65_HS1-834228961_62-HQ-83894_Section_7
Agency: FBI
Page 104
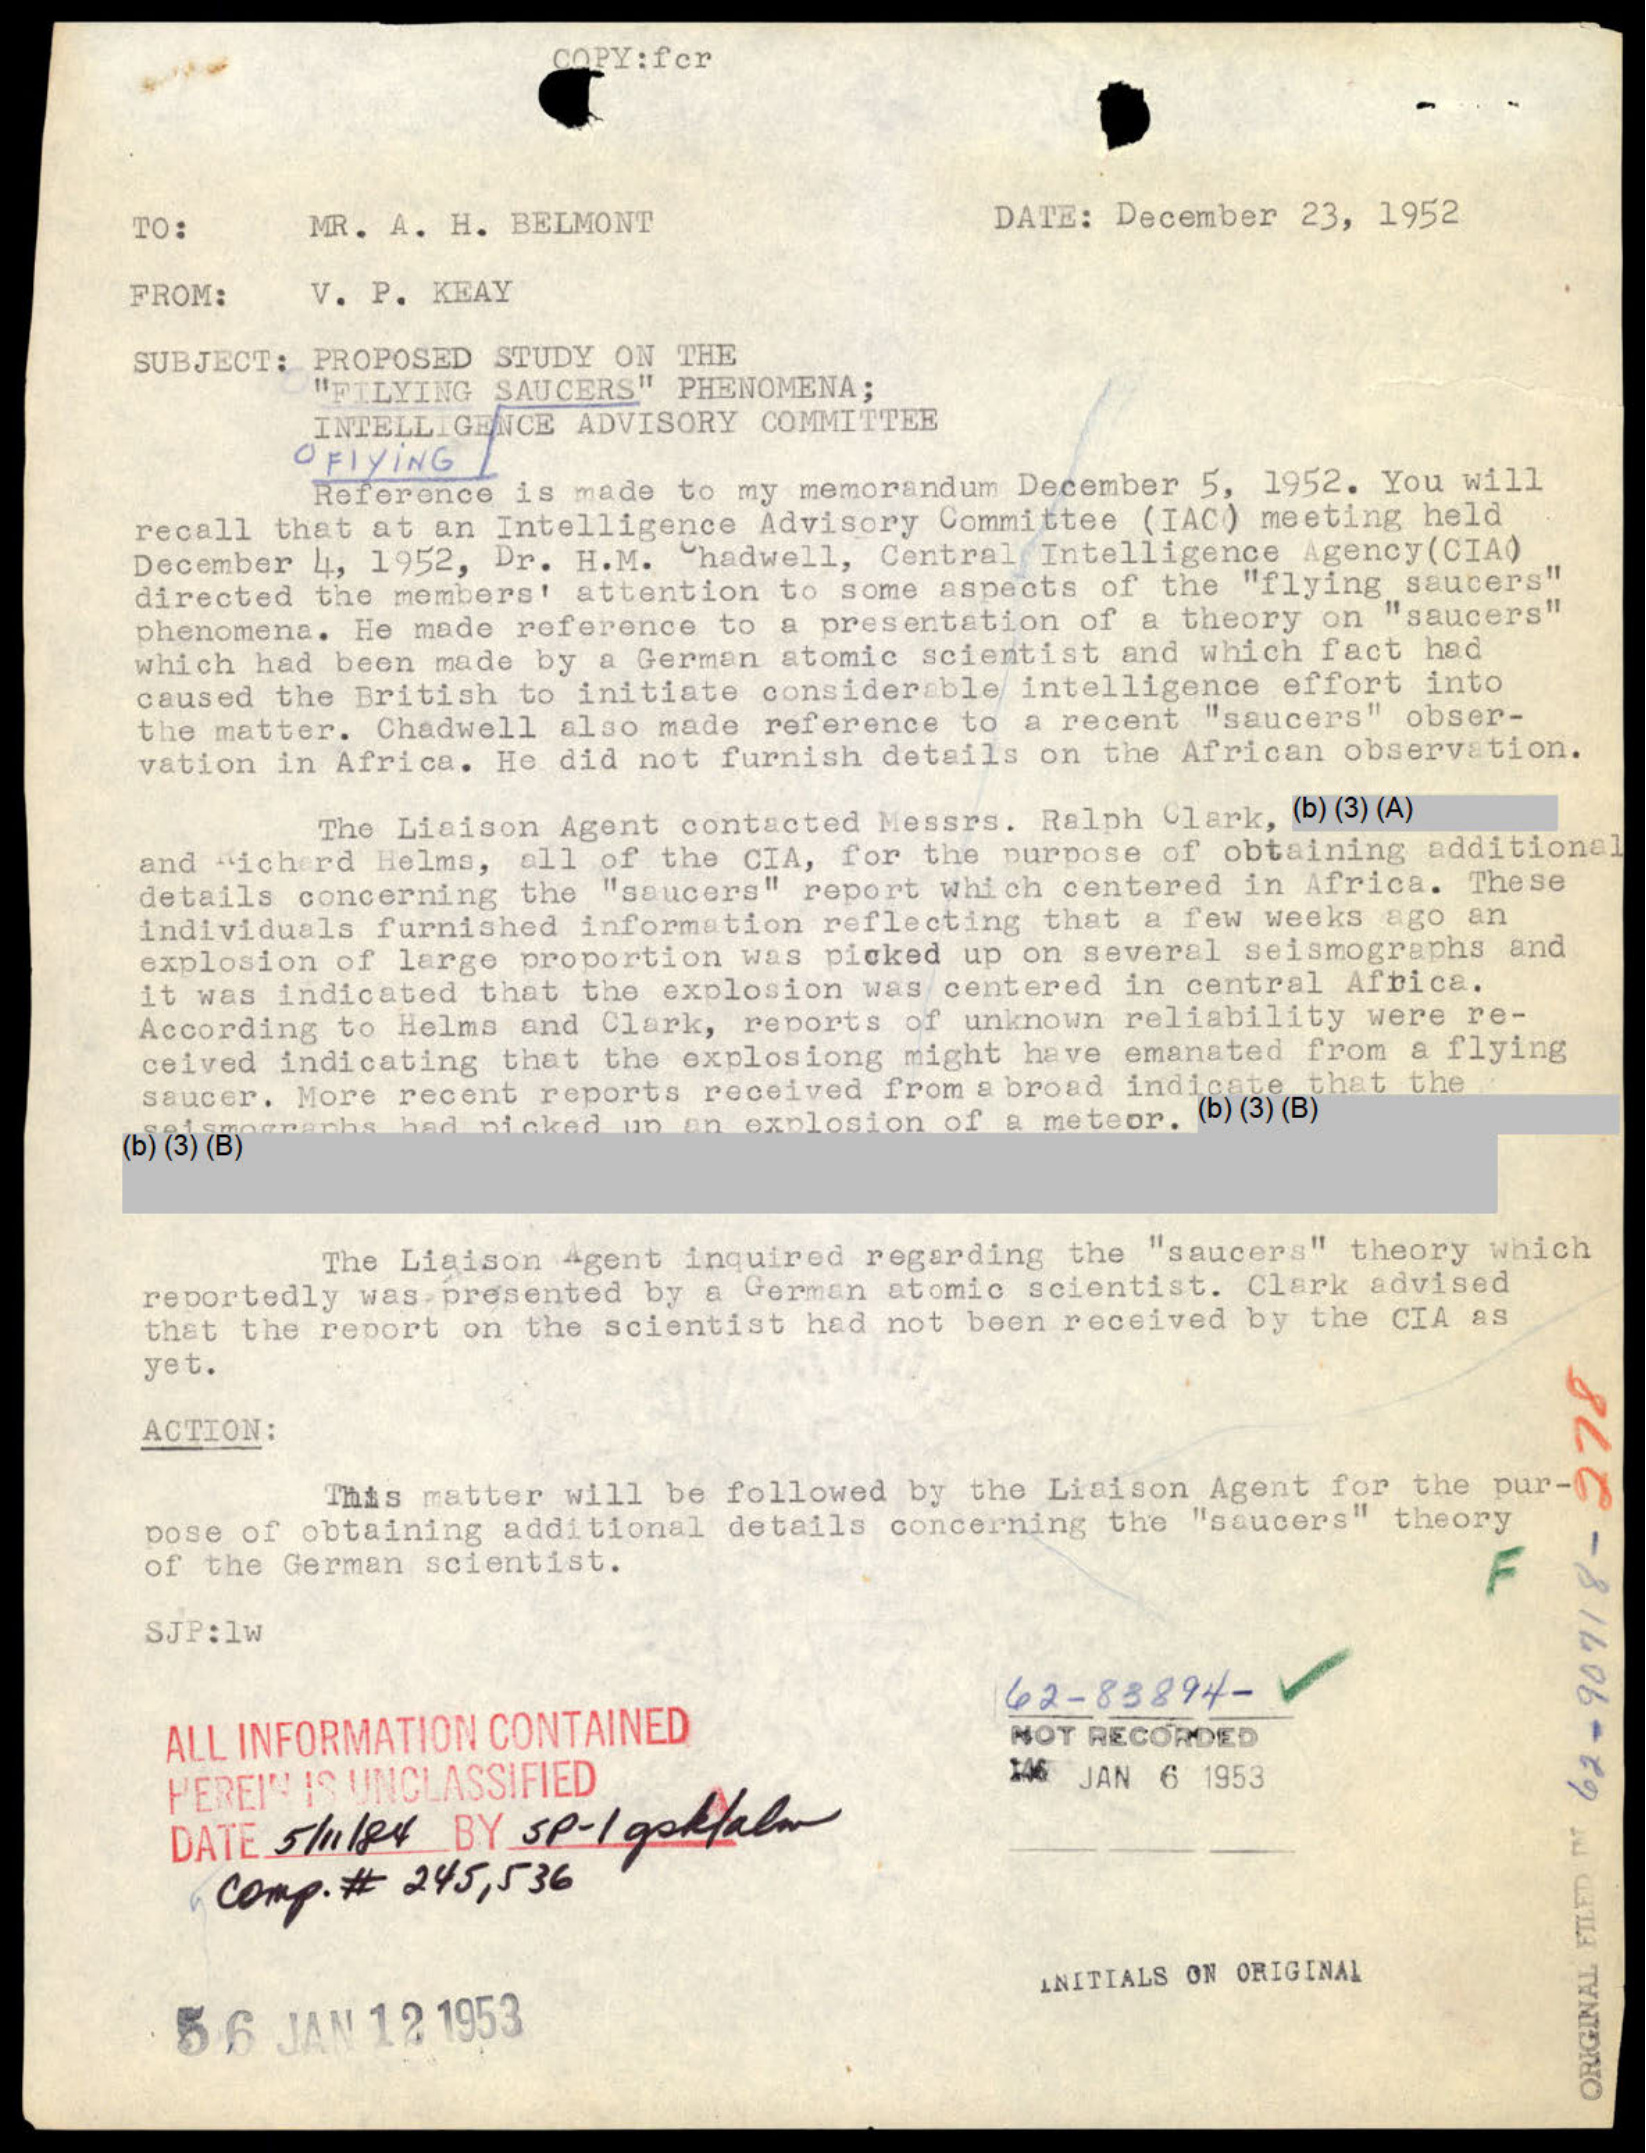